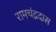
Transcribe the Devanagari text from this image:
रामचंद्रदास